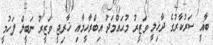
ބާޣީ ސަރުކާރުގެ ދާޚިލީ ވަޒީރު މުޙައްމަދު އިބްރާހީމާއި ޚާރިޖީ ވަޒީރު ނަބީލް ފަހުމީ